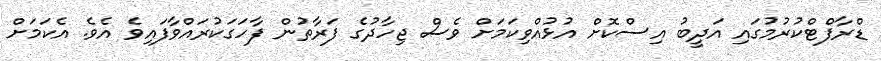
ޑްރާފްޓްކުރުމުގައި އަދީބު އިސްކޮށް އުޅުއްވިކަމަށް ވެސް ޖިހާދުގެ ފަރާތުން ފާހަގަކުރައްވާފައިވެ އެވެ. އެކަމަށް